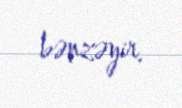
bənzəyir.